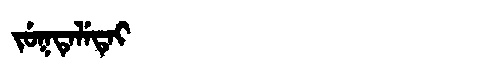
Manchu: ᠵᡠᡴᡨᡝᠯᡝᡨᡝᡳ
Romanization: JUKTELETEI